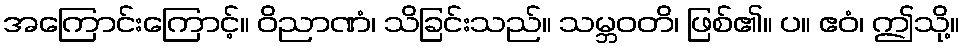
အကြောင်းကြောင့်။ ဝိညာဏံ၊ သိခြင်းသည်။ သမ္ဘဝတိ၊ ဖြစ်၏။ ပ။ ဧဝံ၊ ဤသို့။